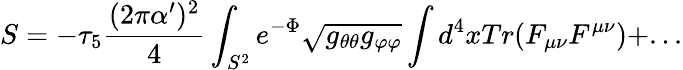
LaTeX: S=-\tau_{5}{\frac{(2\pi\alpha^{\prime})^{2}}{4}}\int_{S^{2}}e^{-\Phi}\sqrt{g_{\theta\theta}g_{\varphi\varphi}}\int d^{4}xTr(F_{\mu\nu}F^{\mu\nu})+...